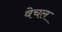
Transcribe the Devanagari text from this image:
वेचल